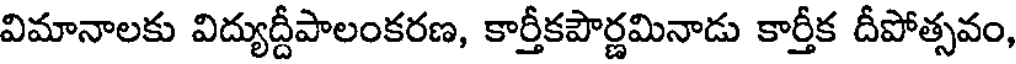
విమానాలకు విద్యుద్దీపాలంకరణ, కార్తీకపౌర్ణమినాడు కార్తీక దీపోత్సవం,